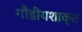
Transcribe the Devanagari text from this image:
गौडीयशाक्त